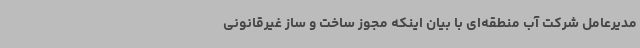
مدیرعامل شرکت آب منطقه‌ای با بیان اینکه مجوز ساخت و ساز غیرقانونی